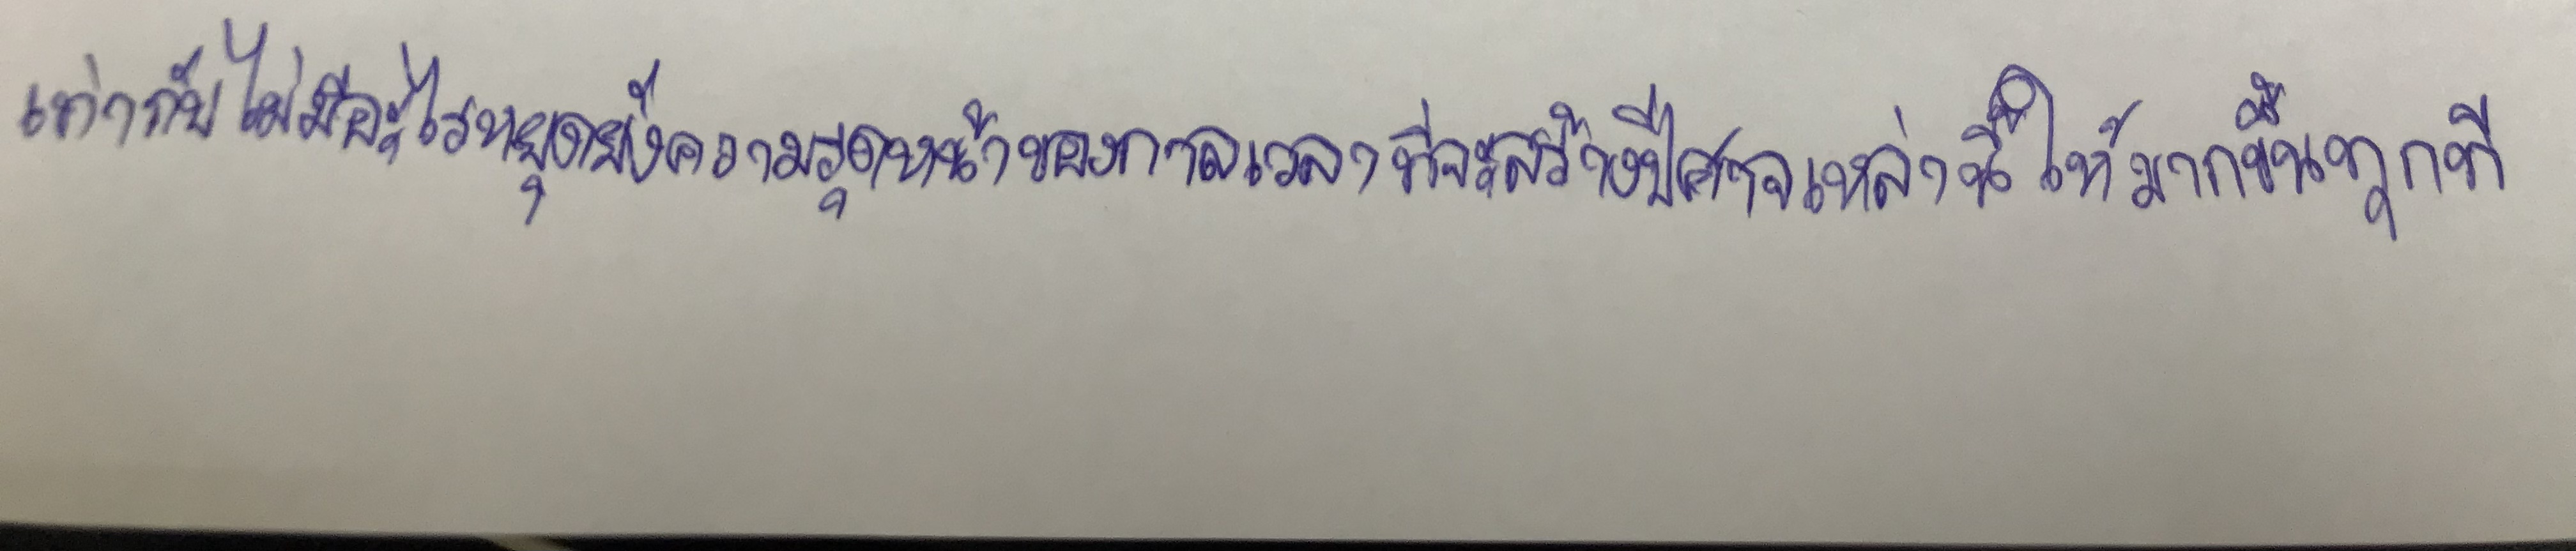
เท่ากับไม่มีอะไรหยุดยั้งความรุดหน้าของกาลเวลาที่จะสร้างปีศาจเหล่านี้ให้มากขึ้นทุกที